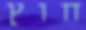
חוץ